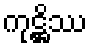
ကုဋ္ဌိဿ